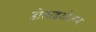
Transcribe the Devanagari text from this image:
डोलाइओलम